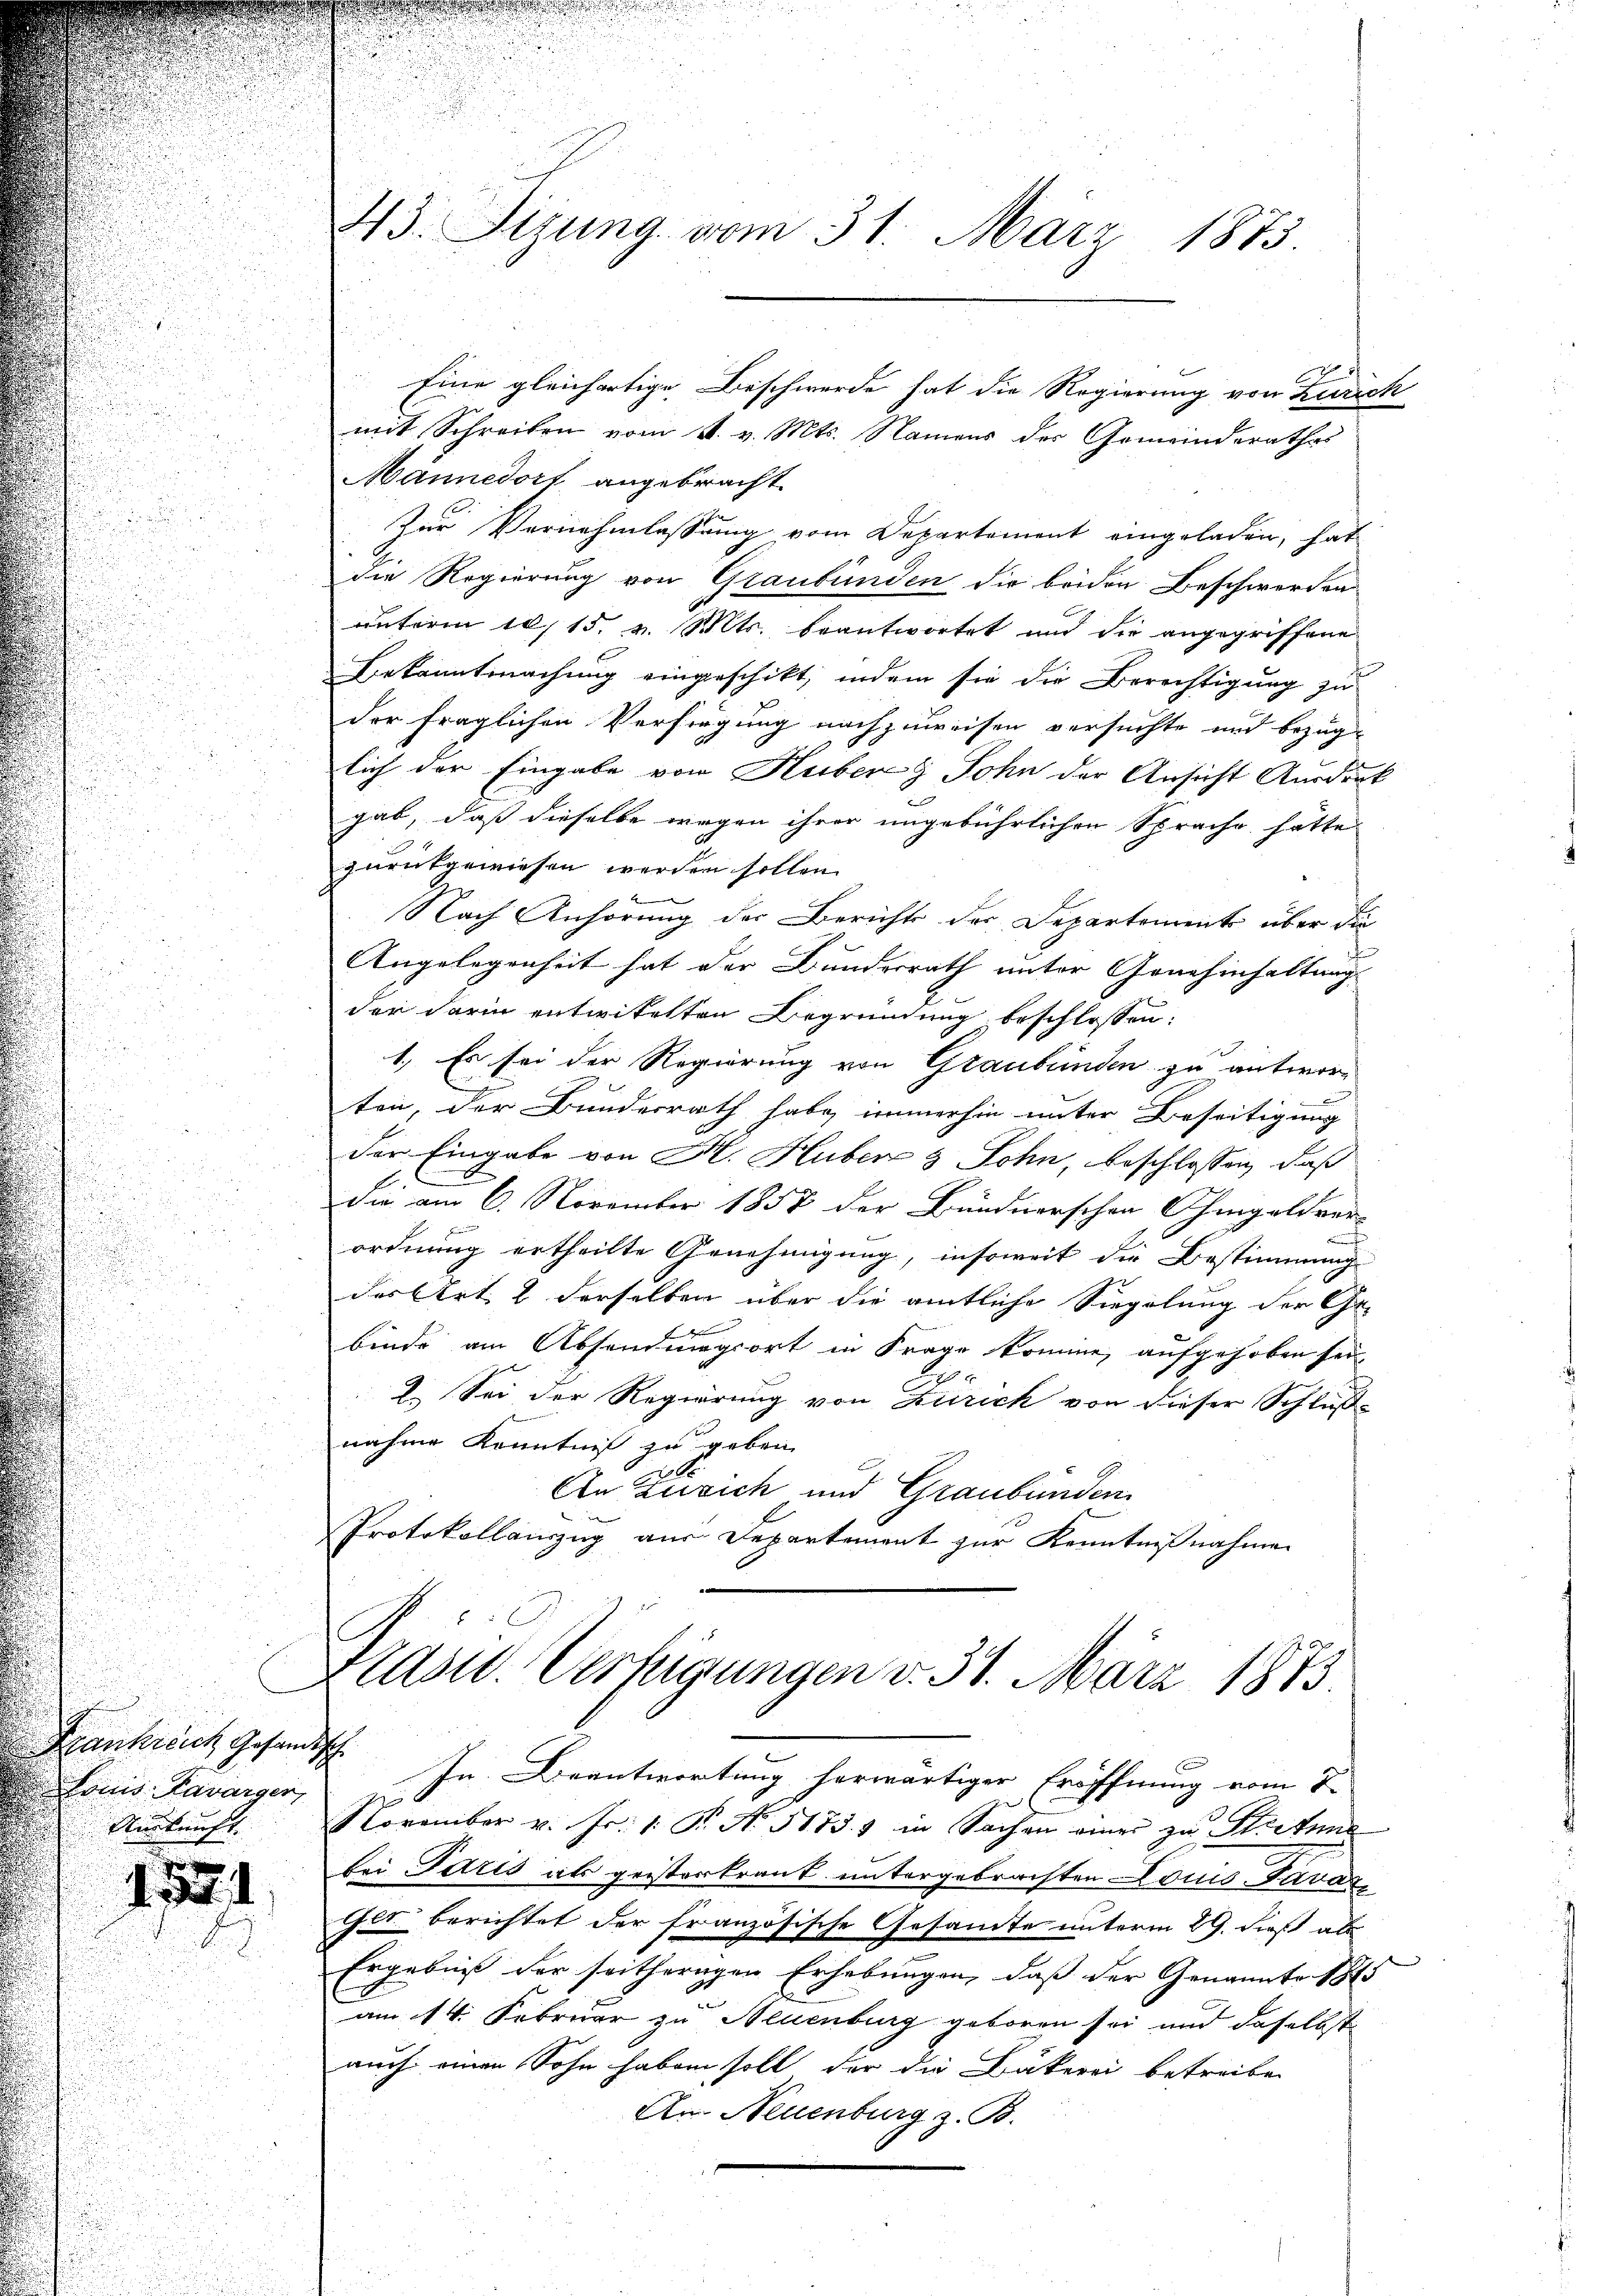
ankreich Gesandtsch
Louis Bavarger,
.
.

45. Segung vom 31. März 1813.

mit Schreiben vom 4. v. Mts. Namens der Gemeinderathes
Männedorf angebracht.
Der Vernehmlassung vom Departement eingeladen, hat
die Regierung von Graubünden die beiden Beschworden-
unterm 10. 15. v. Mts. beantwortet und die angegriffene
Bekanntmachung eingeschikt, indem sie die Berechtigung zu
der fraglichen Verfügung nachzuweisen versuchte und bezüg-
lich der Eingabe von Huberg Sohn der Ansicht Ausdruck
gab, daß dieselbe wegen ihrer ungebührlichen Sprache hätte
zurückgewiesen werden sollen. |
Nach Anhörung der Berichts der Departement über die
f
Angelegenheit hat der Bundesrath unter Genehmhaltung
der darin entwickelten Begründung beschlossen:
1. Es sei der Regierung von Graubünden zu antwor-
ten, der Bundesrath habe immerhin unter Beseitigung
der Eingabe von H. Huber & Sohn, beschlossen, daß
Die am 6. November 1857 der Bündnerschen Ohmgeldver
ordnung ertheilte Genehmigung, insoweit die Bestimmung
des Art. 2 derselben über die amtliche Siegelung der Ge-
x
binde am Absendungsort in Frage komme, aufgehoben sei,
2. Sei der Regierung von Zürich von dieser Schluß-
nahme Kenntniß zu geben
An Zusich und Graubünden
Protokollauszug aus Departement zur Kenntnißnahme
Klass. Verfügungen d. 31. März 1873.
In Beantwortung herwärtiger Eröffnung vom 8.
Aŭskŭnft. November v. Fr. 1. P. Nr. 5175. in Sachen einer zu Seitena
bei Paris als geisterkrank untergebrachten Louis Garda
Get berichtet der französische Gesamte unterm 29. dieß als
Ergebniß der seitherigen Erhebungen, daß der Genannte schl
am 14. Februar zu Neuenburg geboren sei und daselbst
auch einen Sohn haben soll der die Bäkerei betreiben
An Neuenburg z. B.

Eine gleichartige Beschwerde hat die Regierung von Zürich